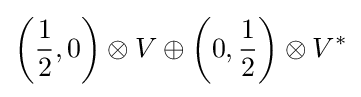
\left({\frac {1}{2}},0\right)\otimes V\oplus \left(0,{\frac {1}{2}}\right)\otimes V^{*}